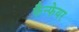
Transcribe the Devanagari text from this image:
फैन्फेयर